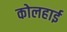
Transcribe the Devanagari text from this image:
कोलहाई